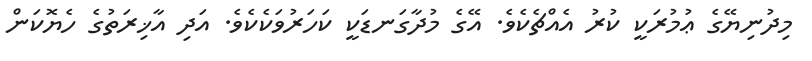
މިދުނިޔޭގެ ޢުމުރަކީ ކުރު އެއްޗެކެވެ. އޭގެ މުދާގަނޑަކީ ކަހަރުވަކެކެވެ. އަދި އާޚިރަތުގެ ހެޔޮކަން